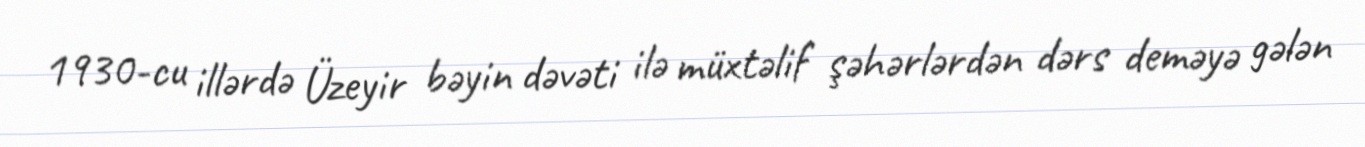
1930-cu illərdə Üzeyir bəyin dəvəti ilə müxtəlif şəhərlərdən dərs deməyə gələn